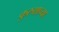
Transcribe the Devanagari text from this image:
कुरुशाच्या